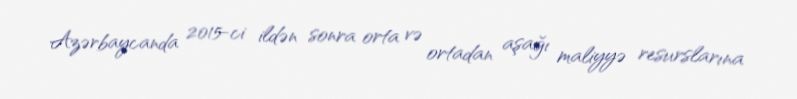
Azərbaycanda 2015-ci ildən sonra orta və ortadan aşağı maliyyə resurslarına